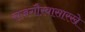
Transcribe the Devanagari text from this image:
राजगौरवासारखे